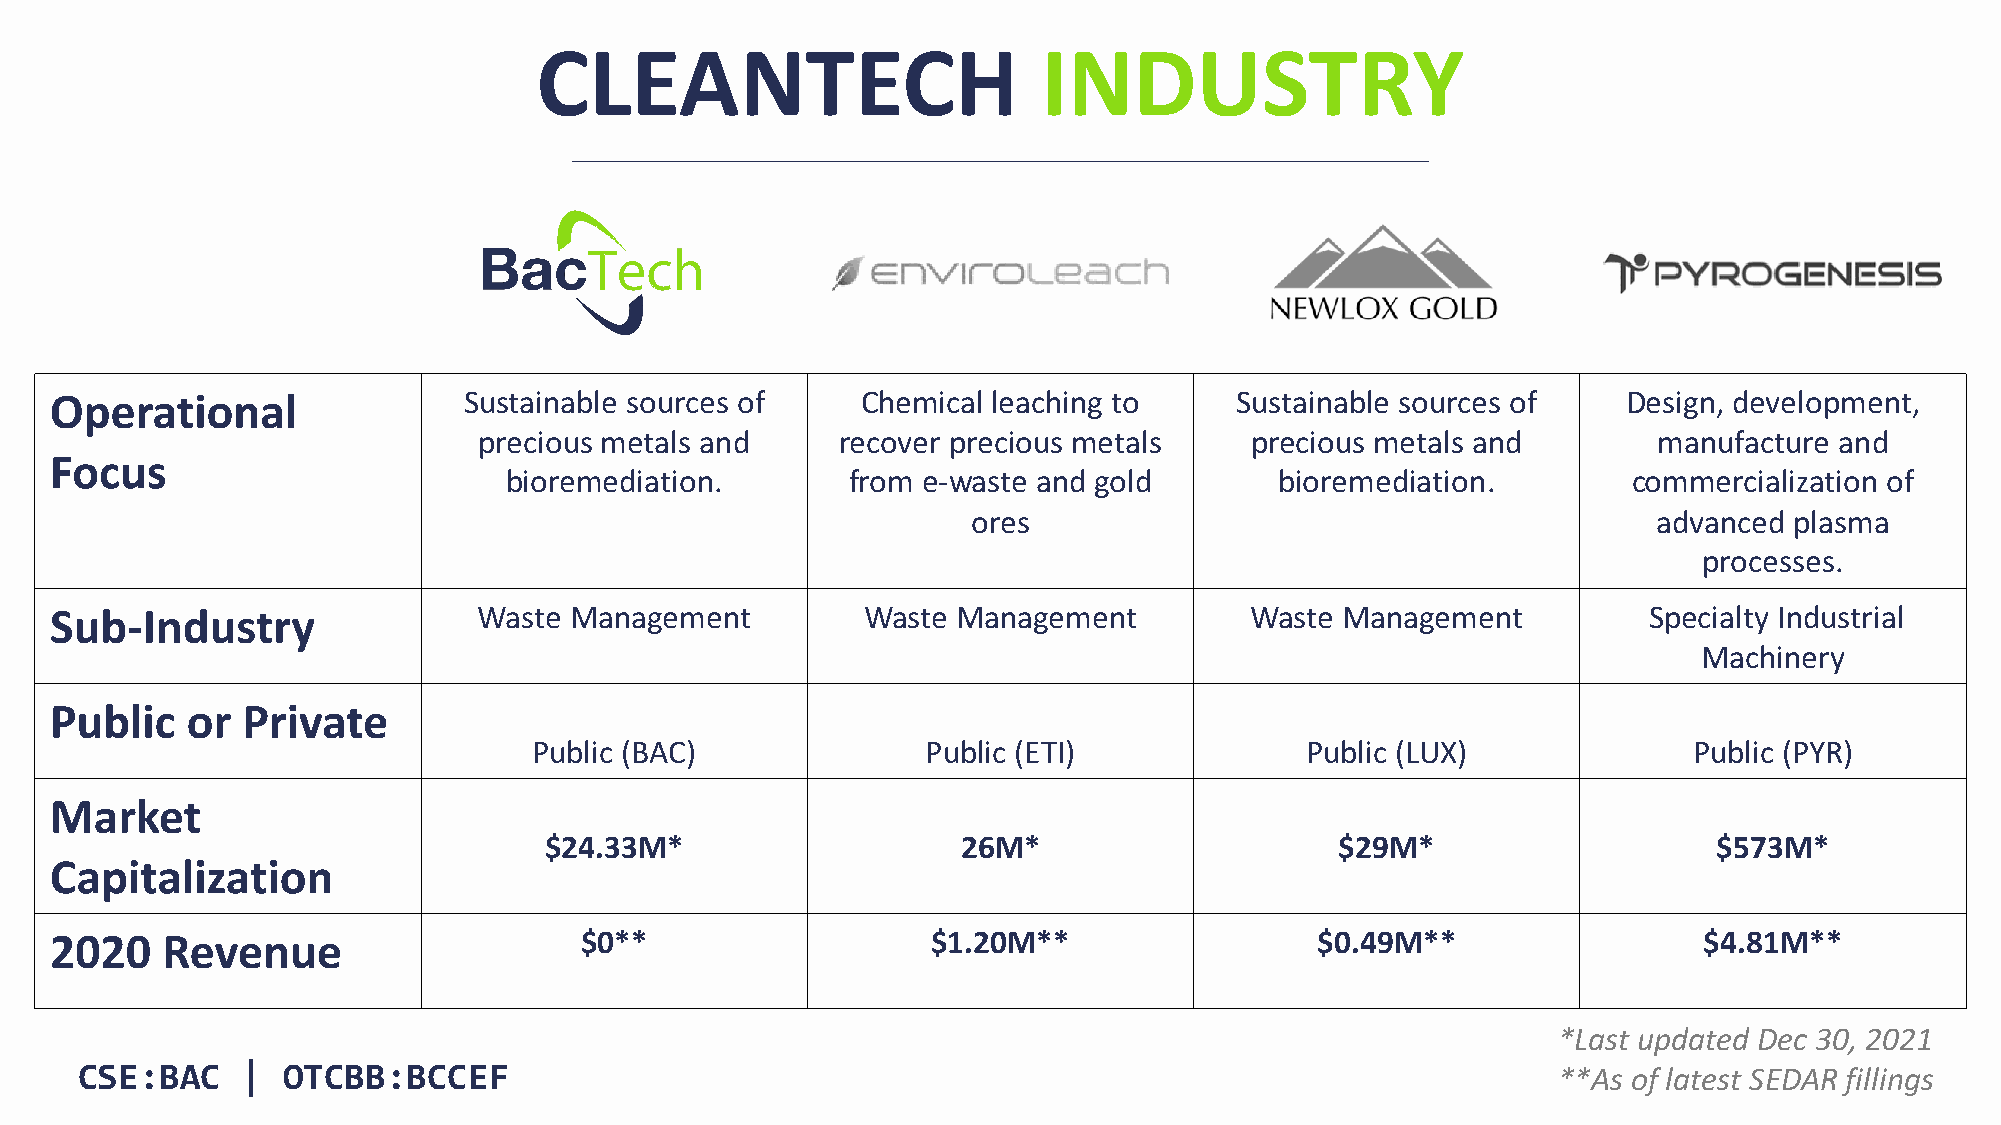
CLEANTECH                         INDUSTRY
 Operational                 Sustainable sources of    Chemical leaching to     Sustainable sources of    Design, development,
 precious metals and     recover precious metals    precious metals and        manufacture and
 Focus
 bioremediation.        from e-waste and gold        bioremediation.        commercialization of
 ores                                          advanced plasma
 processes.
 Sub-Industry                 Waste Management         Waste Management          Waste Management          Specialty Industrial
 Machinery
 Public   or  Private
 Public (BAC)              Public (ETI)             Public (LUX)              Public (PYR)
 Market
 $24.33M*                    26M*                     $29M*                    $573M*
 Capitalization
 2020    Revenue                    $0**                    $1.20M**                 $0.49M**                  $4.81M**
 *Last updated Dec 30, 2021
 CSE:BAC    |  OTCBB:BCCEF                                                                         **As of latest SEDAR fillings